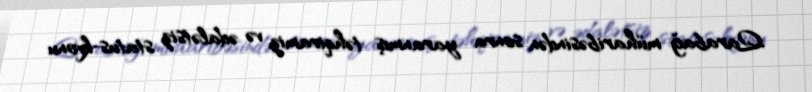
Qarabağ müharibəsindən sonra yaranmış təhqiramiz və ədalətsiz status-kvonu